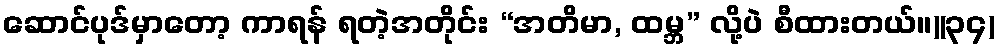
ဆောင်ပုဒ်မှာတော့ ကာရန် ရတဲ့အတိုင်း “အတိမာ, ထမ္ဘ” လို့ပဲ စီထားတယ်။)(၃၄)